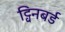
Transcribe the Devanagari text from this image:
ट्विनबर्ड